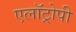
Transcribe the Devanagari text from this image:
एलॉट्रोपी